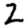
Digit: 2